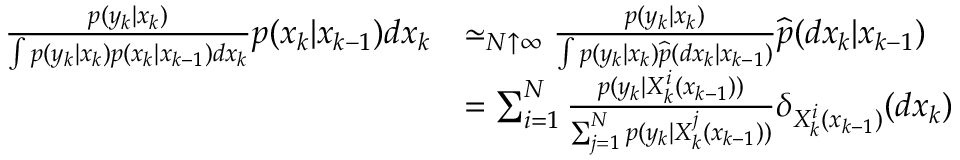
{ \begin{array} { r l } { { \frac { p ( y _ { k } | x _ { k } ) } { \int p ( y _ { k } | x _ { k } ) p ( x _ { k } | x _ { k - 1 } ) d x _ { k } } } p ( x _ { k } | x _ { k - 1 } ) d x _ { k } } & { \simeq _ { N \uparrow \infty } { \frac { p ( y _ { k } | x _ { k } ) } { \int p ( y _ { k } | x _ { k } ) { \widehat { p } } ( d x _ { k } | x _ { k - 1 } ) } } { \widehat { p } } ( d x _ { k } | x _ { k - 1 } ) } \\ & { = \sum _ { i = 1 } ^ { N } { \frac { p ( y _ { k } | X _ { k } ^ { i } ( x _ { k - 1 } ) ) } { \sum _ { j = 1 } ^ { N } p ( y _ { k } | X _ { k } ^ { j } ( x _ { k - 1 } ) ) } } \delta _ { X _ { k } ^ { i } ( x _ { k - 1 } ) } ( d x _ { k } ) } \end{array} }